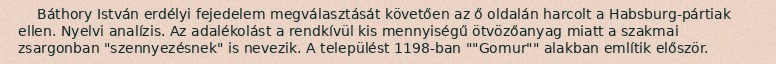
Báthory István erdélyi fejedelem megválasztását követően az ő oldalán harcolt a Habsburg-pártiak ellen. Nyelvi analízis. Az adalékolást a rendkívül kis mennyiségű ötvözőanyag miatt a szakmai zsargonban "szennyezésnek" is nevezik. A települést 1198-ban ""Gomur"" alakban említik először.